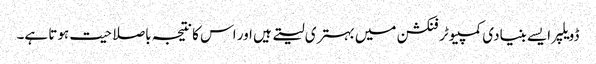
ڈویلپر ایسے بنیادی کمپیوٹر فنکشن میں بہتری لیتے ہیں اور اس کا نتیجہ باصلاحیت ہوتا ہے۔